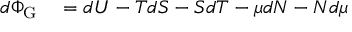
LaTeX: \begin{array} { r l } { d \Phi _ { \mathrm { { G } } } } & { { } = d U - T d S - S d T - \mu d N - N d \mu } \end{array}